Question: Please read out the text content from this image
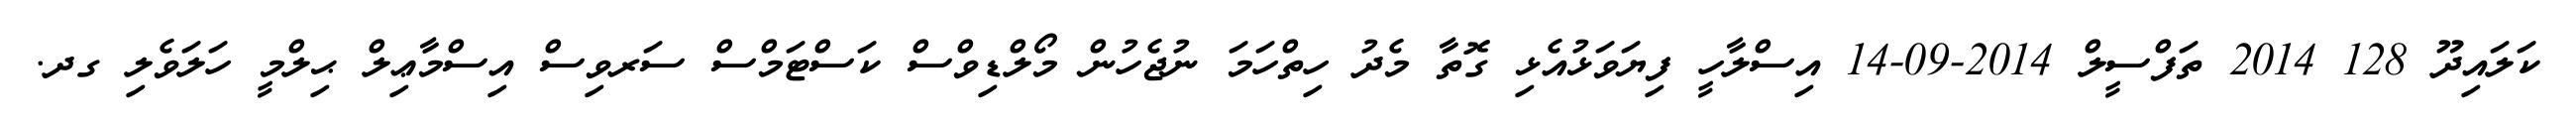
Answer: ކަލައިދޫ 128 2014 ތަފްސީލް 2014-09-14 އިސްލާހީ ފިޔަވަޅުއެޅި ގޮތާ މެދު ހިތްހަމަ ނުޖެހުން މޯލްޑިވްސް ކަސްޓަމްސް ސަރވިސް އިސްމާޢިލް ޙިލްމީ ހަލަވެލި ގދ.